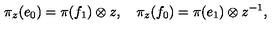
\pi _ { z } ( e _ { 0 } ) = \pi ( f _ { 1 } ) \otimes z , \quad \pi _ { z } ( f _ { 0 } ) = \pi ( e _ { 1 } ) \otimes z ^ { - 1 } ,